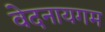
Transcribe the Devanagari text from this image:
वेदनायगम